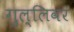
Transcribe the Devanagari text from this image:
गुल्लिवर